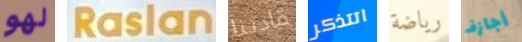
لهو Raslan قادتنا اتتذكر رياضة أجازف